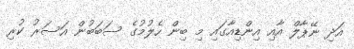
އަދި ނޭޕާލް އާއި އިންޑިއާގައި މި ބިން ހެލުމުގެ ސަބަބުން އަސަރު ކުރި